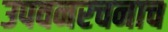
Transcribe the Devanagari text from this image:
उपवनरचनाच